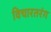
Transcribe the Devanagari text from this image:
विचारतरंग